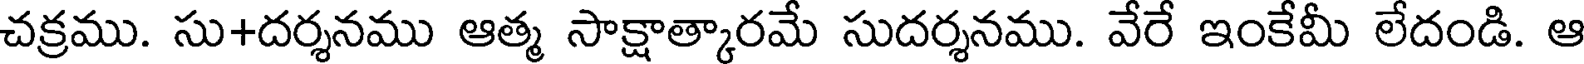
చక్రము. సు+దర్శనము ఆత్మ సాక్షాత్కారమే సుదర్శనము. వేరే ఇంకేమీ లేదండి. ఆ